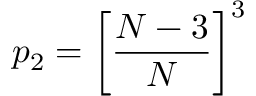
p _ { 2 } = \bigg [ \frac { N - 3 } { N } \bigg ] ^ { 3 }